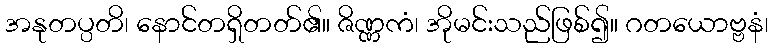
အနုတပ္ပတိ၊ နောင်တရှိတတ်၏။ ဇိဏ္ဏကံ၊ အိုမင်းသည်ဖြစ်၍။ ဂတယောဗ္ဗနံ၊